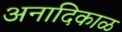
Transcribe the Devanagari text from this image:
अनादिकाळ